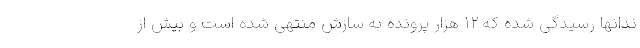
ندانها رسیدگی شده که ١٢ هزار پرونده به سازش منتهی شده است و بیش از